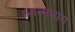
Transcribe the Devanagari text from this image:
आत्मभाग